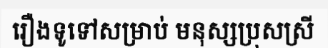
រឿងទូទៅសម្រាប់ មនុស្សប្រុសស្រី